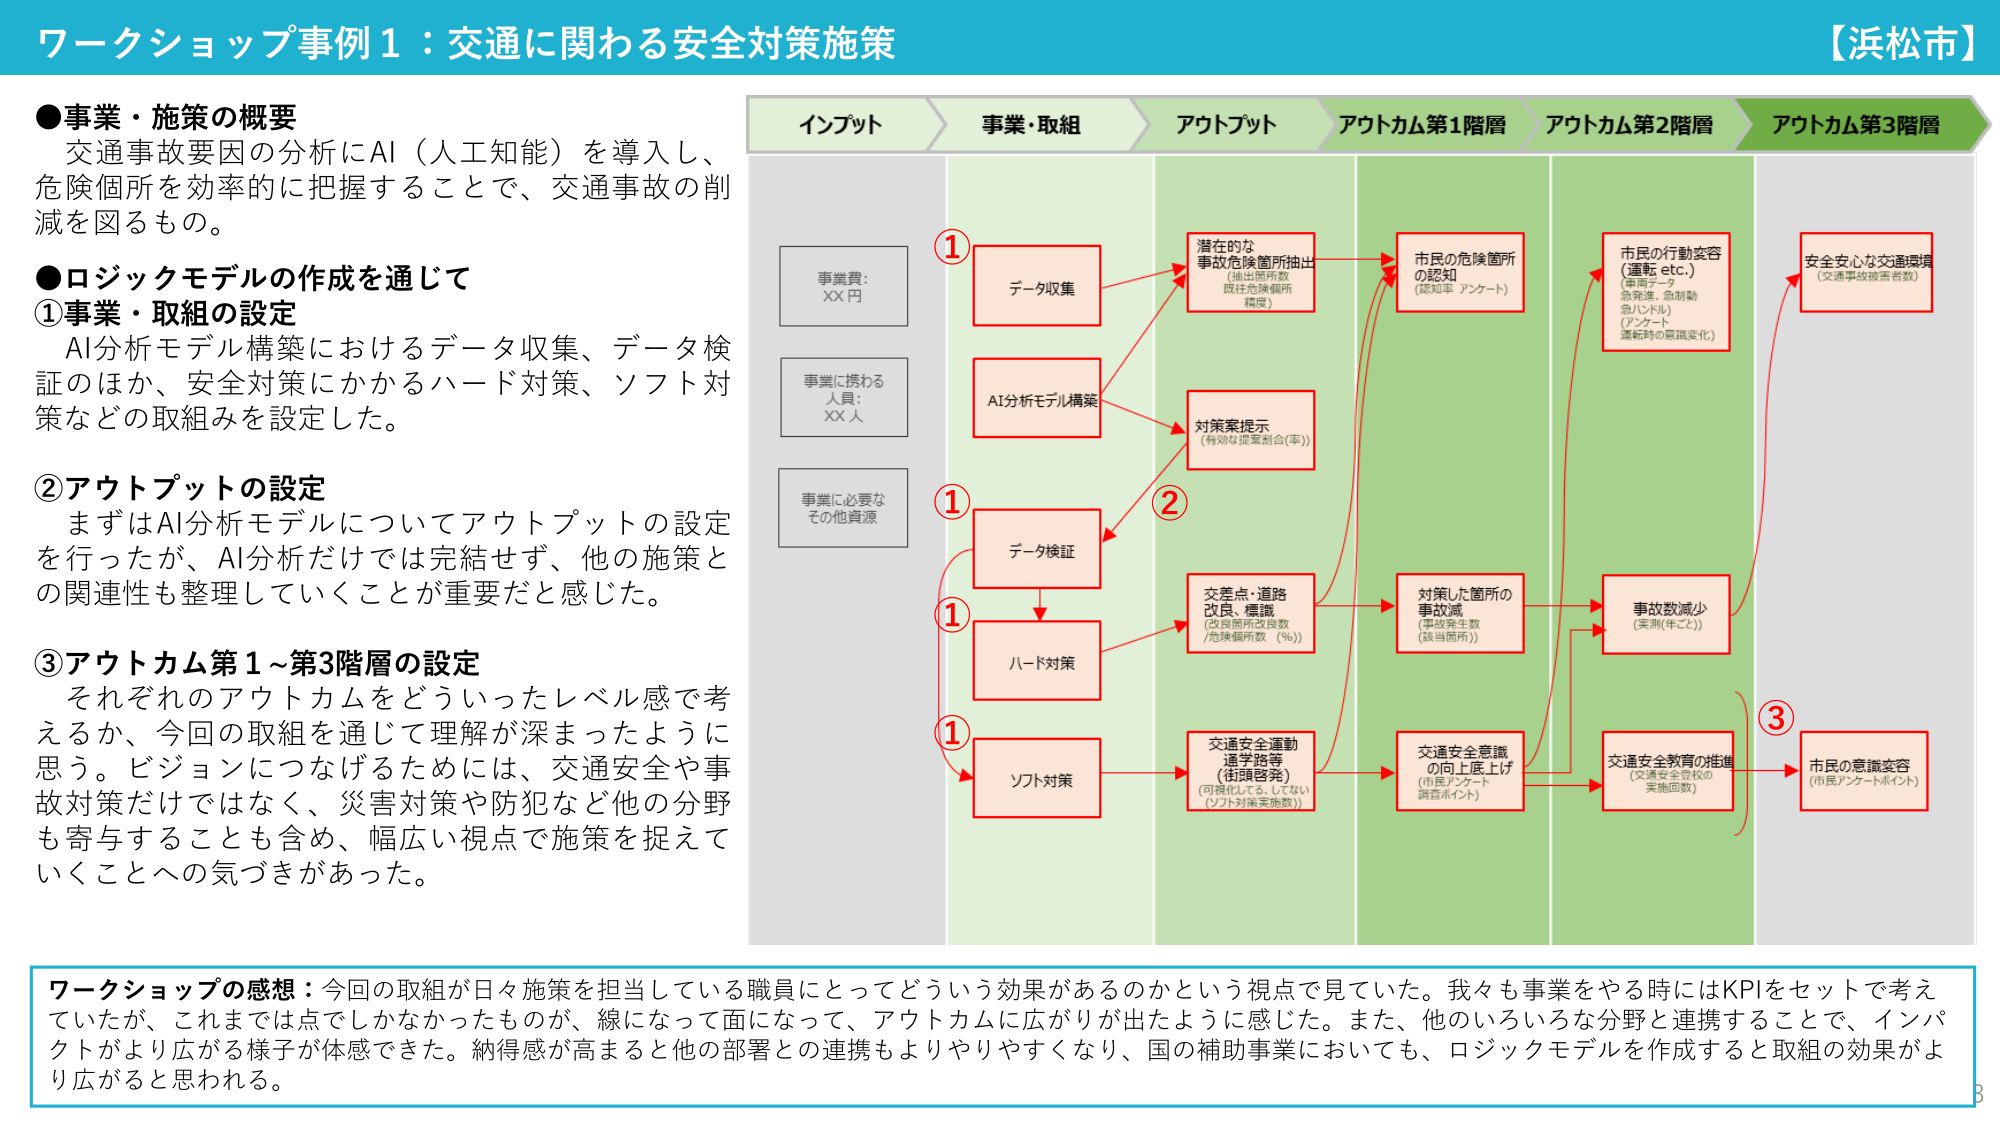
ワークショップ事例1：交通に関わる安全対策施策
【浜松市】

●事業・施策の概要
交通事故要因の分析にAI（人工知能）を導入し、
危険個所を効率的に把握することで、交通事故の削
減を図るもの。

●ロジックモデルの作成を通じて
①事業・取組の設定
AI分析モデル構築におけるデータ収集、データ検
証のほか、安全対策にかかるハード対策、ソフト対
策などの取組みを設定した。

②アウトプットの設定
まずはAI分析モデルについてアウトプットの設定
を行ったが、AI分析だけでは完結せず、他の施策と
の関連性も整理していくことが重要だと感じた。

③アウトカム第1～第3階層の設定
それぞれのアウトカムをどういったレベル感で考
えるか、今回の取組を通じて理解が深まったように
思う。ビジョンにつなげるためには、交通安全や事
故対策だけではなく、災害対策や防犯など他の分野
も寄与することも含め、幅広い視点で施策を捉えて
いくことへの気づきがあった。

インプット
事業費：XX円
事業に携わる人員：XX人
事業に必要なその他資源

事業・取組
①データ収集
①AI分析モデル構築
①データ検証
①ハード対策
①ソフト対策

アウトプット
潜在的な事故危険箇所抽出
（抽出箇所数、既存危険箇所精度）
対策案提示
（有効な提案割合(率)）
交差点・道路改良・標識
（改良箇所数、危険個所数(%)）
交通安全運動通学路等
（街頭啓発）
（可視化しておらず、していないソフト対策実施数）

アウトカム第1階層
市民の危険箇所の認知
（認知率、アンケート）
対策した箇所の事故減
（事故発生数、該当箇所）
交通安全意識の向上度上げ
（市民アンケート調査ポイント）

アウトカム第2階層
市民の行動変容
（運転etc.）
（車両データ、急発進、急制動、急ハンドル）
（アンケート、運転時の意識変化）
事故数減少
（実測(年ごと)）
交通安全教育の推進
（交通安全登校の実施回数）

アウトカム第3階層
安全安心な交通環境
（交通事故被害者数）
市民の意識変容
（市民アンケートポイント）

ワークショップの感想：今回の取組が日々施策を担当している職員にとってどういう効果があるのかという視点で見ていた。我々も事業をする時にはKPIをセットで考えていたが、これまでは点でしかなかったものが、線になって面になって、アウトカムに広がりが出たように感じた。また、他のいろいろな分野と連携することで、インパクトがより広がる様子が体感できた。納得感が高まると他の部署との連携もよりやりやすくなり、国の補助事業においても、ロジックモデルを作成すると取組の効果がより広がると思われる。

3